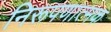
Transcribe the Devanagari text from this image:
निरूपणात्मक